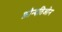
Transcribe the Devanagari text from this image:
फ़ौन्दतिओन